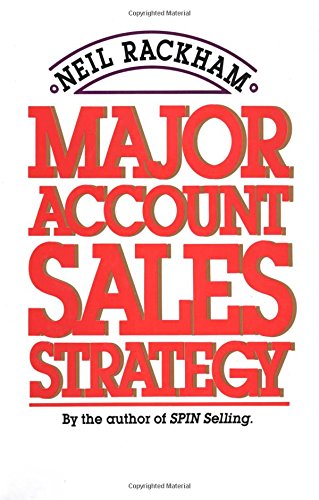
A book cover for Major Account Sales Strategy; Neil Rackham; Business & Money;